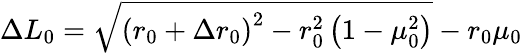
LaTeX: \Delta L_{0}=\sqrt{\left(r_{0}+\Delta r_{0}\right)^{2}-r_{0}^{2}\left(1-\mu_{0}^{2}\right)}-r_{0}\mu_{0}